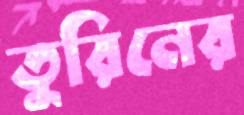
তুরিনের